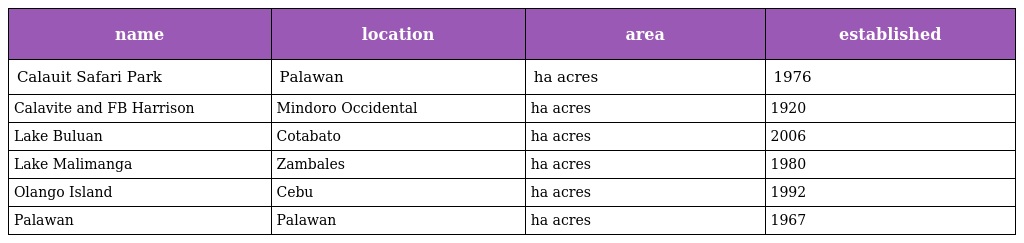
| name | location | area | established |
 | --- | --- | --- | --- |
 | Calauit Safari Park | Palawan | ha acres | 1976 |
 | Calavite and FB Harrison | Mindoro Occidental | ha acres | 1920 |
 | Lake Buluan | Cotabato | ha acres | 2006 |
 | Lake Malimanga | Zambales | ha acres | 1980 |
 | Olango Island | Cebu | ha acres | 1992 |
 | Palawan | Palawan | ha acres | 1967 |